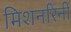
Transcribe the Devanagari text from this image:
मिशनरिंनी